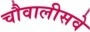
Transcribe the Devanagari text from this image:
चौवालीसवे